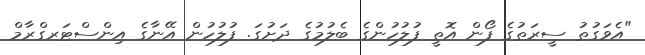
"އެވަގުތު ސީރަތުގެ ފޯން އޮތީ ފުލުހުންގެ ބެލުމުގެ ދަށުގަ. ފުލުހުން އޭނާގެ އިންސްޓަރގްރާމް